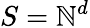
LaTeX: S=\mathbb{N}^{d}